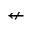
\nleftarrow